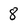
Character: 8